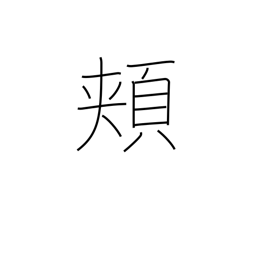
Meaning: cheeks